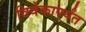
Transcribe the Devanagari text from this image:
विवेकापर्यंत